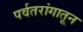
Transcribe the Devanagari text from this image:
पर्वतरांगातून